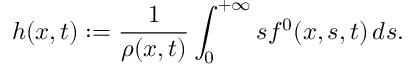
h ( x , t ) : = \frac { 1 } { \rho ( x , t ) } \int _ { 0 } ^ { + \infty } s f ^ { 0 } ( x , s , t ) \, d s .